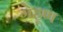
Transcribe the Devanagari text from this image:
गेहूण